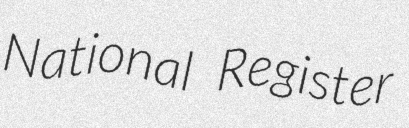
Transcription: National Register